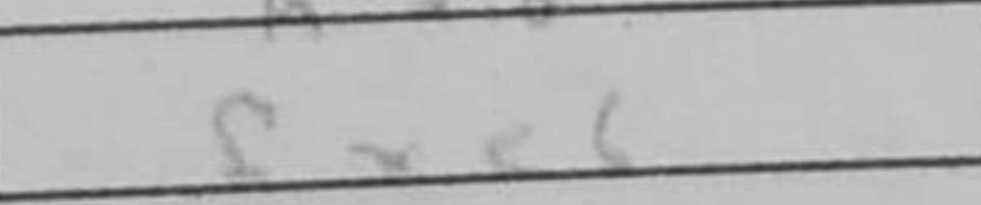
Transcription: fxe6